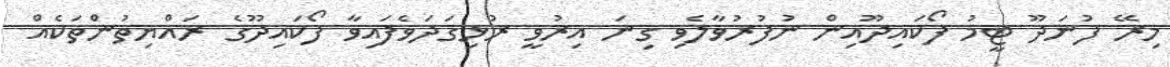
މިރޭ ފުނަދޫ ޓީމު ފޯކައިދޫއިން ނުފުރުވާލެވި ގިނަ އިރުވީ ރުޅިގަދަވެފައިވާ ފޯކައިދޫގެ ރައްޔިތުންތަކެއް